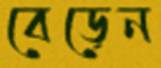
বেড়েন